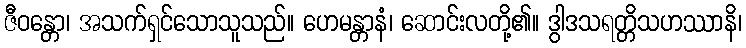
ဇီဝန္တော၊ အသက်ရှင်သောသူသည်။ ဟေမန္တာနံ၊ ဆောင်းလတို့၏။ ဒွါဒသရတ္တိသဟဿာနိ၊